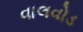
વાલવોડ